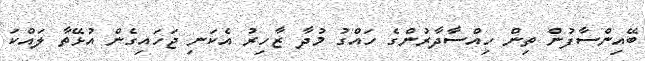
ބޭއިންސާފުން ތިން ހިއްސާދާރުންގެ ހައްގު މުދާ ޒާހިރު އެކަނި ޖަހައިގެން އުޅޭތާ ލައްކަ